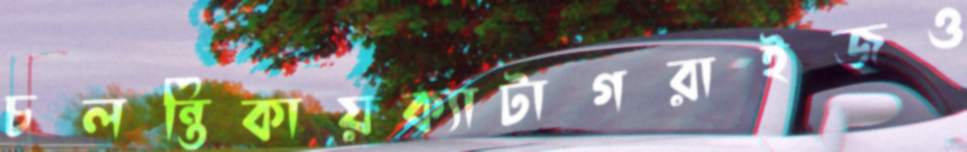
চলন্তিকায়ক্যাটাগরাইজও